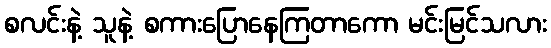
စလင်းနဲ့ သူနဲ့ စကားပြောနေကြတာကော မင်းမြင်သလား